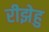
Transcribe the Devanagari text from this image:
रीझेहु